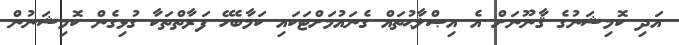
އަދި ކޮމިޝަނުގެ ޤާނޫނަށް އެ އިޞްލާޙުތައް ގެނައުމަށްޓަކައި ކަމާބެހޭ ފަރާތްތަކާ ގުޅިގެން ކޮމިޝަނުން